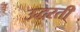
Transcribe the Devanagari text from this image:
उद्धरती